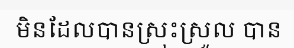
មិនដែលបានស្រុះស្រួល បាន